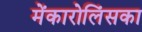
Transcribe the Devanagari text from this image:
मेंकारोलिंसका